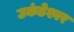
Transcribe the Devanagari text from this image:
उकंडेश्वर